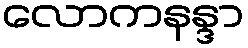
လောကနန္ဒာ